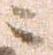
ニ